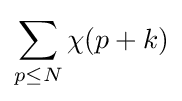
\sum \limits _{p\leq N}\chi (p+k)